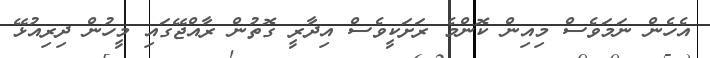
އެހެން ނަމަވެސް މިއިން ކޮންމެ ރަށަކީވެސް އިދާރީ ގޮތުން ރާއްޖޭގައި މީހުން ދިރިއުޅޭ